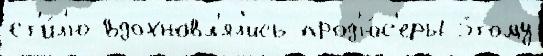
ст'и́л'ю вдохновл'ял'ись прод'ю́с'еры э́тому